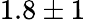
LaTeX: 1.8\pm 1